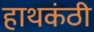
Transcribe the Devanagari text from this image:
हाथकंठी